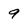
Character: 9